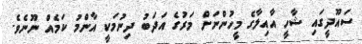
ސައޫދީގައި ޝާހީ އާއިލާގެ މީހުންނަށް މަރުގެ އަދަބު ދިނުމަކީ އާންމު ކަމެއް ނޫނެވެ.